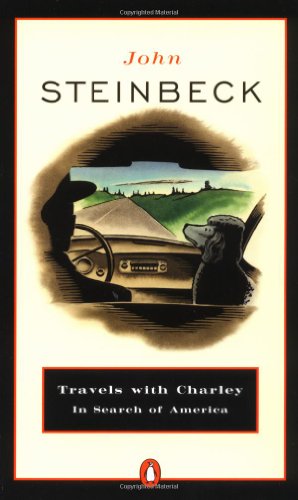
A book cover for Travels with Charley in Search of America; John Steinbeck; Biographies & Memoirs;